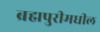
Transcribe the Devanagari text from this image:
ब्रह्मपुरीमधील